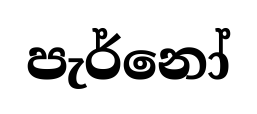
පැර්නෝ